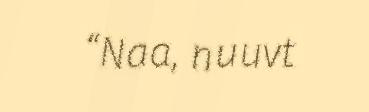
“Naa, nuuvt